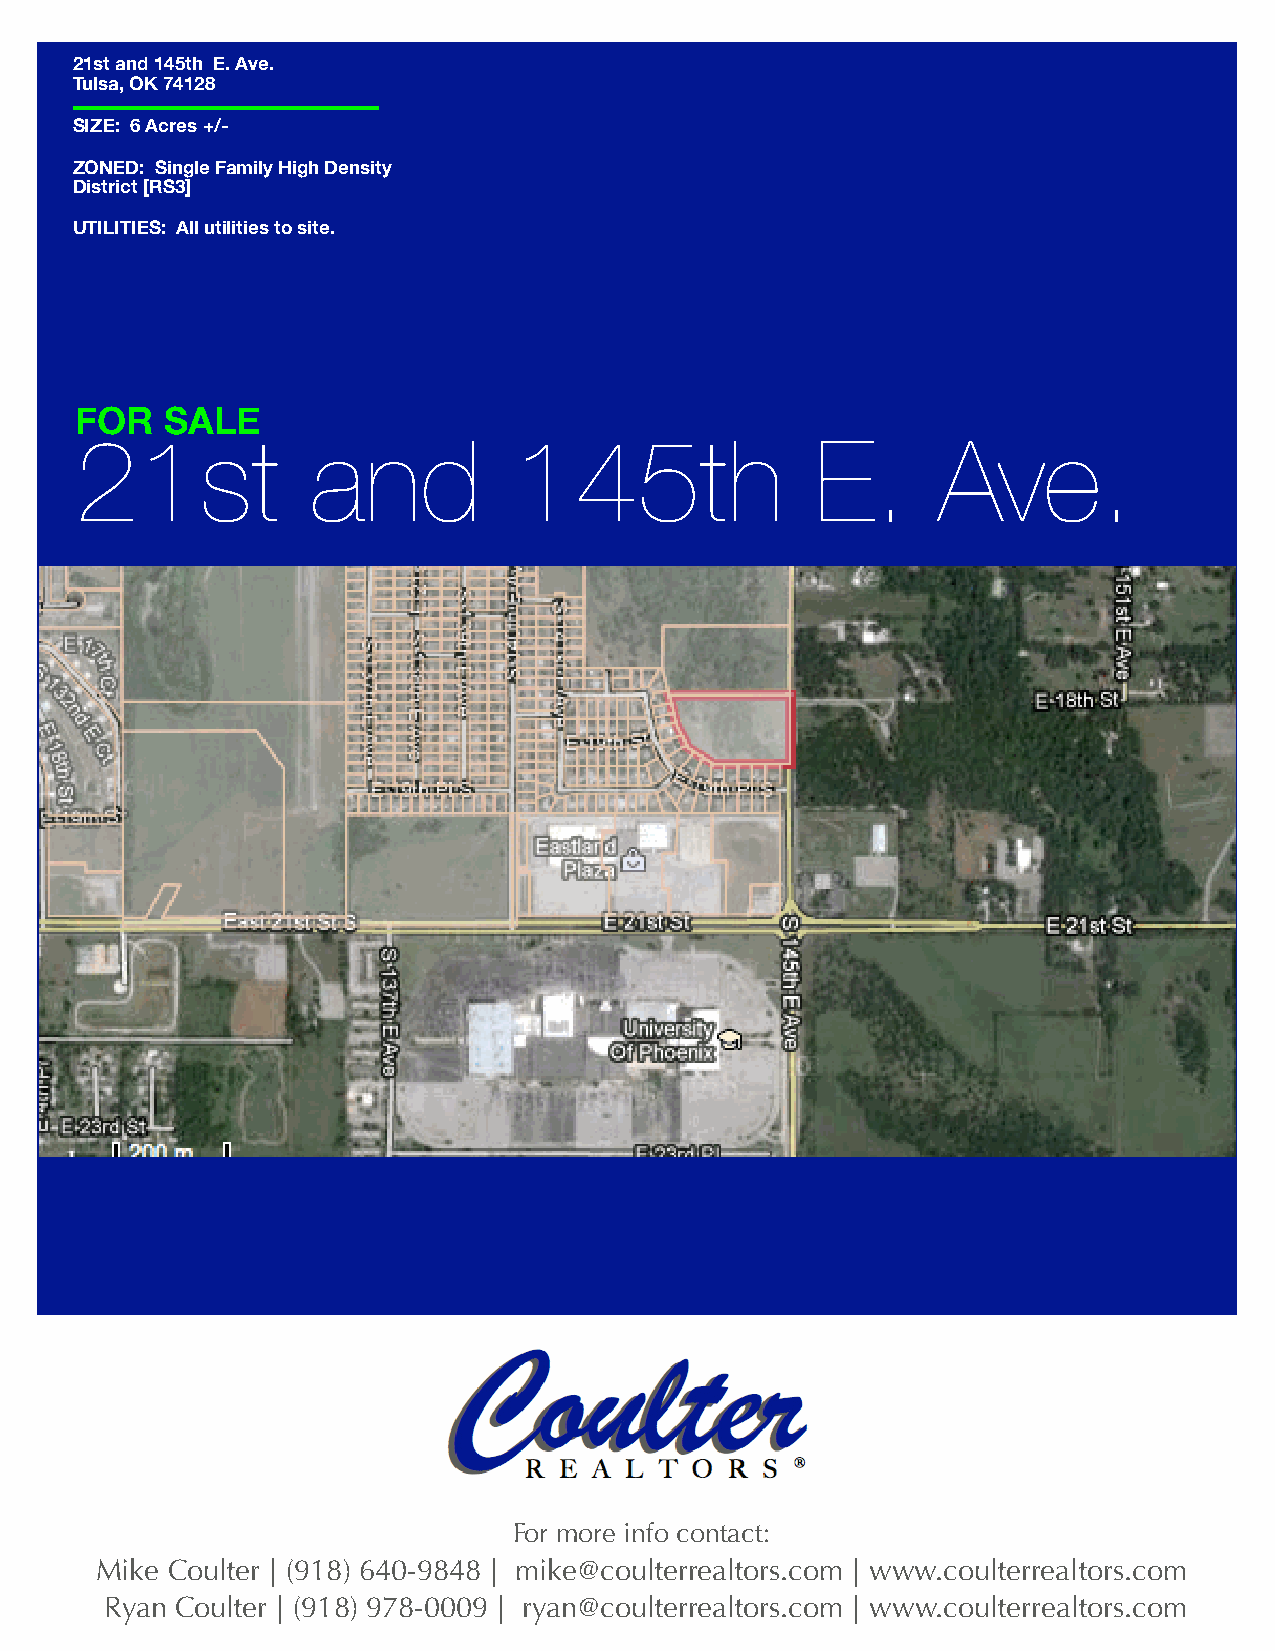
21st and 145th E. Ave.
 Tulsa, OK 74128
 SIZE: 6 Acres +/-
 ZONED: Single Family High Density
 District [RS3]
 UTILITIES: All utilities to site.
 FOR   SALE
 21st            and          145th               E.      Ave.
 For more info contact:
 Mike Coulter | (918) 640-9848 | mike@coulterrealtors.com | www.coulterrealtors.com
 Ryan Coulter | (918) 978-0009 | ryan@coulterrealtors.com | www.coulterrealtors.com